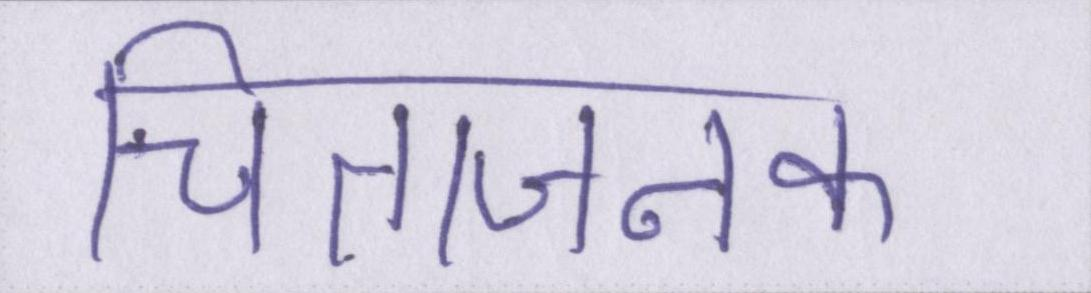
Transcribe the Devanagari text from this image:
चिंताजनक